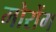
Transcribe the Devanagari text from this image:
मोरोंग